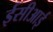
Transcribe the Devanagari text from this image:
ईसीआई